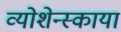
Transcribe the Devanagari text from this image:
व्योशेन्स्काया